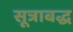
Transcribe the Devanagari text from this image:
सूत्राबद्ध